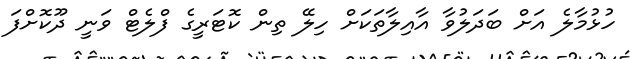
ހުޅުމާލެ އަށް ބަދަލުވާ އާއިލާތަކަށް ހިލޭ ތިން ކޮޓަރީގެ ފްލެޓް ވަނީ ދޫކޮށްފަ